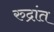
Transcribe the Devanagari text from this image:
रुद्रांत